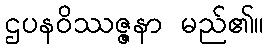
ဌပနဝိဿဇ္ဇနာ မည်၏။